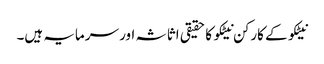
نیٹکو کے کارکن نیٹکو کا حقیقی اثاثہ اور سرمایہ ہیں۔